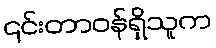
၎င်းတာဝန်ရှိသူက